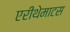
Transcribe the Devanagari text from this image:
एरीथेमाटस